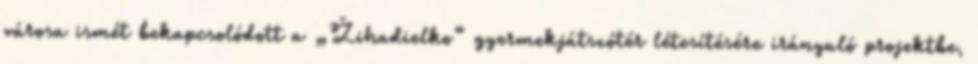
városa ismét bekapcsolódott a „Žihadielko“ gyermekjátszótér létesítésére irányuló projektbe,